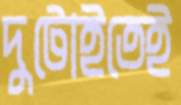
দুটোইতেই